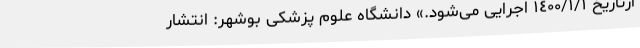
ازتاریخ ١٤٠٠/١/١ اجرایی می‌شود.» دانشگاه علوم پزشکی بوشهر: انتشار